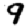
Digit: 9